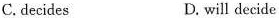
C. decides D. will decide